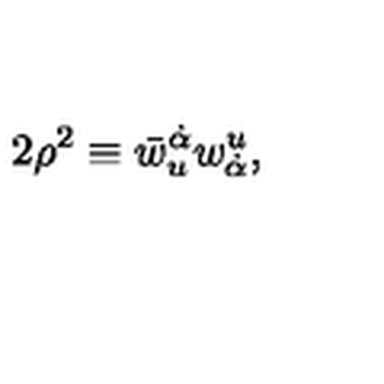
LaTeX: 2 \rho ^ { 2 } \equiv \bar { w } _ { u } ^ { \dot { \alpha } } w _ { \dot { \alpha } } ^ { u } ,